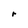
Character: r